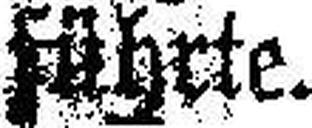
führte.